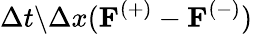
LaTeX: \Delta t\backslash\Delta x(\textbf{F}^{(+)}-\textbf{F}^{(-)})